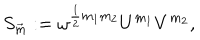
S _ { \frac { \buildrel \rightarrow } { m } } : = \omega ^ { { \frac { 1 } { 2 } } m _ { 1 } m _ { 2 } } U ^ { m _ { 1 } } V ^ { m _ { 2 } } ,